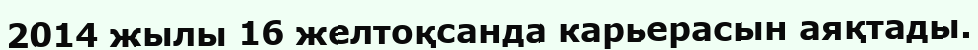
2014 жылы 16 желтоқсанда карьерасын аяқтады.